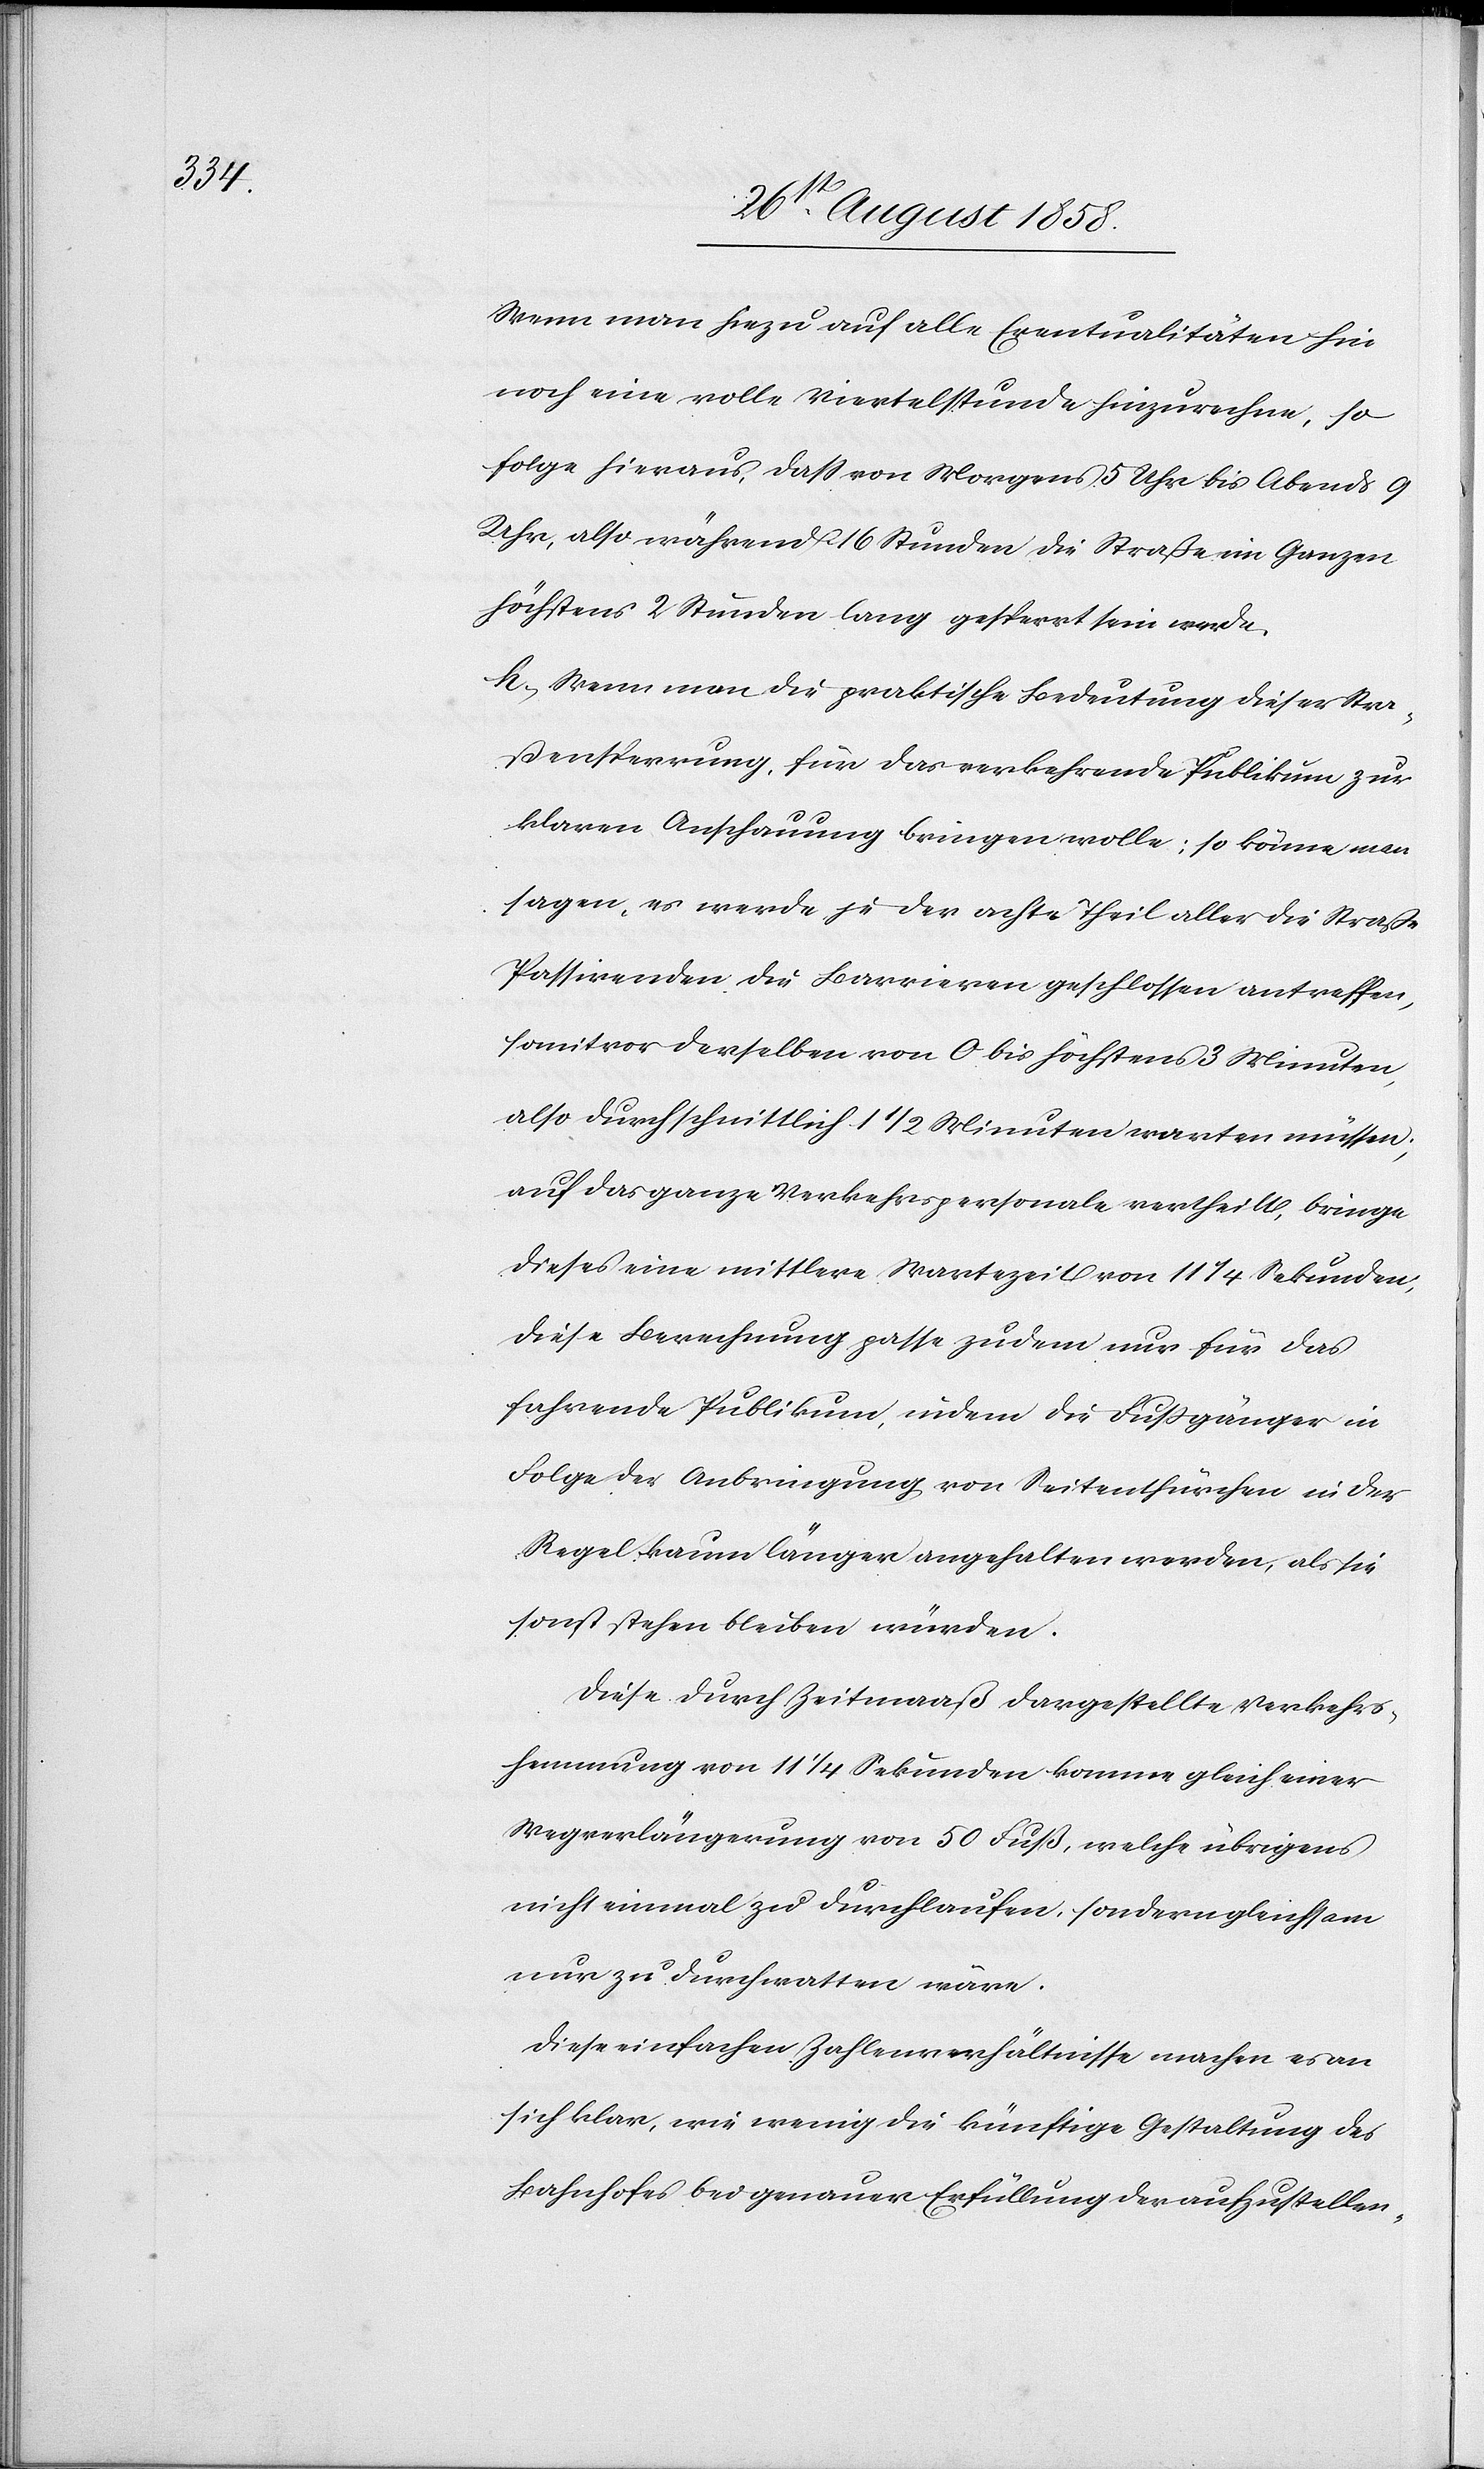
Wenn man hiezu auf alle Eventualitäten hin
noch eine volle Viertelstunde hinzurechne, so
folge hieraus, dass von Morgens 5 Uhr bis Abends 9
Uhr, also während 16 Stunden die Straße im Ganzen
höchstens 2 Stunden lang gesperrt sein werde.
h. Wenn man die praktische Bedeutung dieser Stra¬
ßensperrung, für das verkehrende Publikum zur
klaren Anschauung bringen wolle; so könne man
sagen, es werde je der achte Theil aller die Straße
Passirenden die Barrieren geschlossen antreffen,
somit vor derselben von 0 bis höchstens 3 Minuten,
also durchschnittlich 1 1/2 Minuten warten müssen;
auf das ganze Verkehrspersonale vertheilt, bringe
dieses eine mittlere Wartezeit von 11 1/4 Sekunden,
diese Berechnung passe zudem nur für das
fahrende Publikum, indem die Fussgänger in
Folge der Anbringung von Seitenthürchen in der
Regel kaum länger angehalten werden, als sie
sonst stehen bleiben würden.
Diese durch Zeitmaaß dargestellte Verkehrs¬
hemmung von 11 1/4 Sekunden komme gleich einer
Wegverlängerung von 50 Fuß, welche übrigens
nicht einmal zu durchlaufen, sondern gleichsam
nur zu durchwatten wäre.
Diese einfachen Zahlenverhältnisse machen es an
sich klar, wie wenig die künftige Gestaltung des
Bahnhofes bei genauer Erfüllung der aufzustellen-